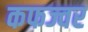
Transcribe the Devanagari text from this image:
कफज्वर